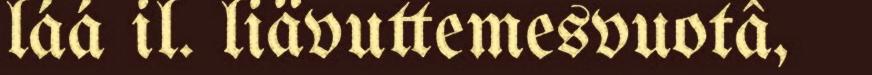
láá il. liävuttemesvuotâ,